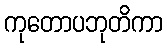
ကုတောပဘုတိကာ